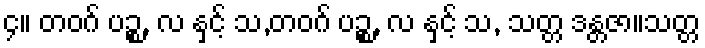
၄။ တဝဂ် ပဉ္စ, လ နှင့် သ,တဝဂ် ပဉ္စ, လ နှင့် သ, သတ္တ ဒန္တဇာ။သတ္တ